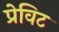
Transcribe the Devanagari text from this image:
प्रेविट